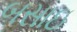
બસાઇ